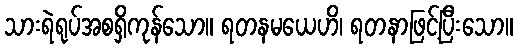
သားရဲရုပ်အစရှိကုန်သော။ ရတနမယေဟိ၊ ရတနာဖြင့်ပြီးသော။